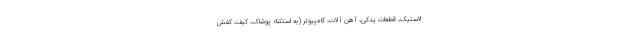
لاستیک، قطعات یدکی، آهن آلات، کامپیوتر (به استثناء پوشاک، کیف، کفش